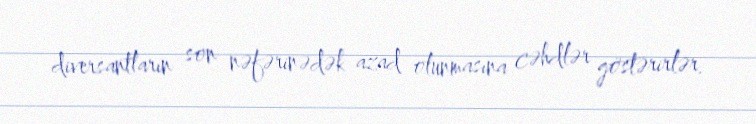
diversantların son nəfərinədək azad olunmasına cəhdlər göstərirlər.